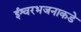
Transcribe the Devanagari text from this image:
ईश्वरभजनाकडे